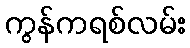
ကွန်ကရစ်လမ်း